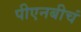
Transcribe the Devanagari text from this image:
पीएनबीचं